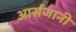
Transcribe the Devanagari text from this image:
आर्संजानी